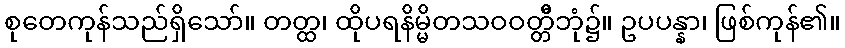
စုတေကုန်သည်ရှိသော်။ တတ္ထ၊ ထိုပရနိမ္မိတသဝဝတ္တိီဘုံ၌။ ဥပပန္နာ၊ ဖြစ်ကုန်၏။